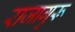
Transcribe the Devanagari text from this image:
राजागुरू